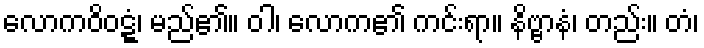
လောကဝိဝဋ္ဋံ၊ မည်၏။ ဝါ၊ လောက၏ ကင်းရာ။ နိဗ္ဗာနံ၊ တည်း။ တံ၊